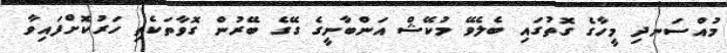
މުއްސަނދި މީހާގެ ގޮތުގައި ބެލެވޭ މުކޭޝް އަންބާނީގެ ގޭގެ ބޭރުން ގޮވާތަކެތި ހަރުކޮށްފައިވާ